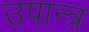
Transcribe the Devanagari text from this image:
उपान्त्र